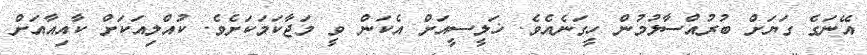
އޭނަގެ ގަޔަށް ބުރުއްސާލުމުން ހީގަނެއެވެ. ޚަލީސީއަށް އެކަން ވީ މަޖާކަމަކަށެވެ. ކުއްލިއަކަށް ކާއިއާއަށް